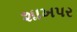
શાખપર